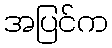
အပြင်က